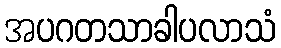
အပဂတသာခါပလာသံ